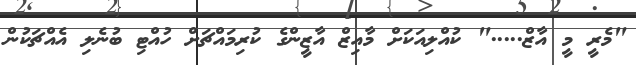
"މެރީ މީ އާޒް....." ކުއްލިއަކަށް މާއިޒް އާޒީންގެ ކުރިމައްޗަށް ހުއްޓި ބުނެލި އެއްޗަކުން